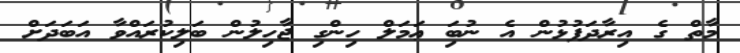
މާތް ގެ އިރާދަފުޅުން އެ ނުބަި ޢަމަލް ހިންގި ޖާހިލުން ބަލިކުރައްވާ އަބަދަށް